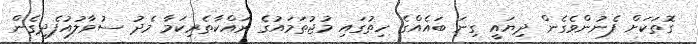
ގޮތަކަށް ފެނުންވެގެން ދިޔައީ ގިނަ ބައެއްގެ ހިތުގައި މުޖުތަމައުގެ ރައްކާތެރިކަމާ މެދު ސުވާލުއުފެދިގެން